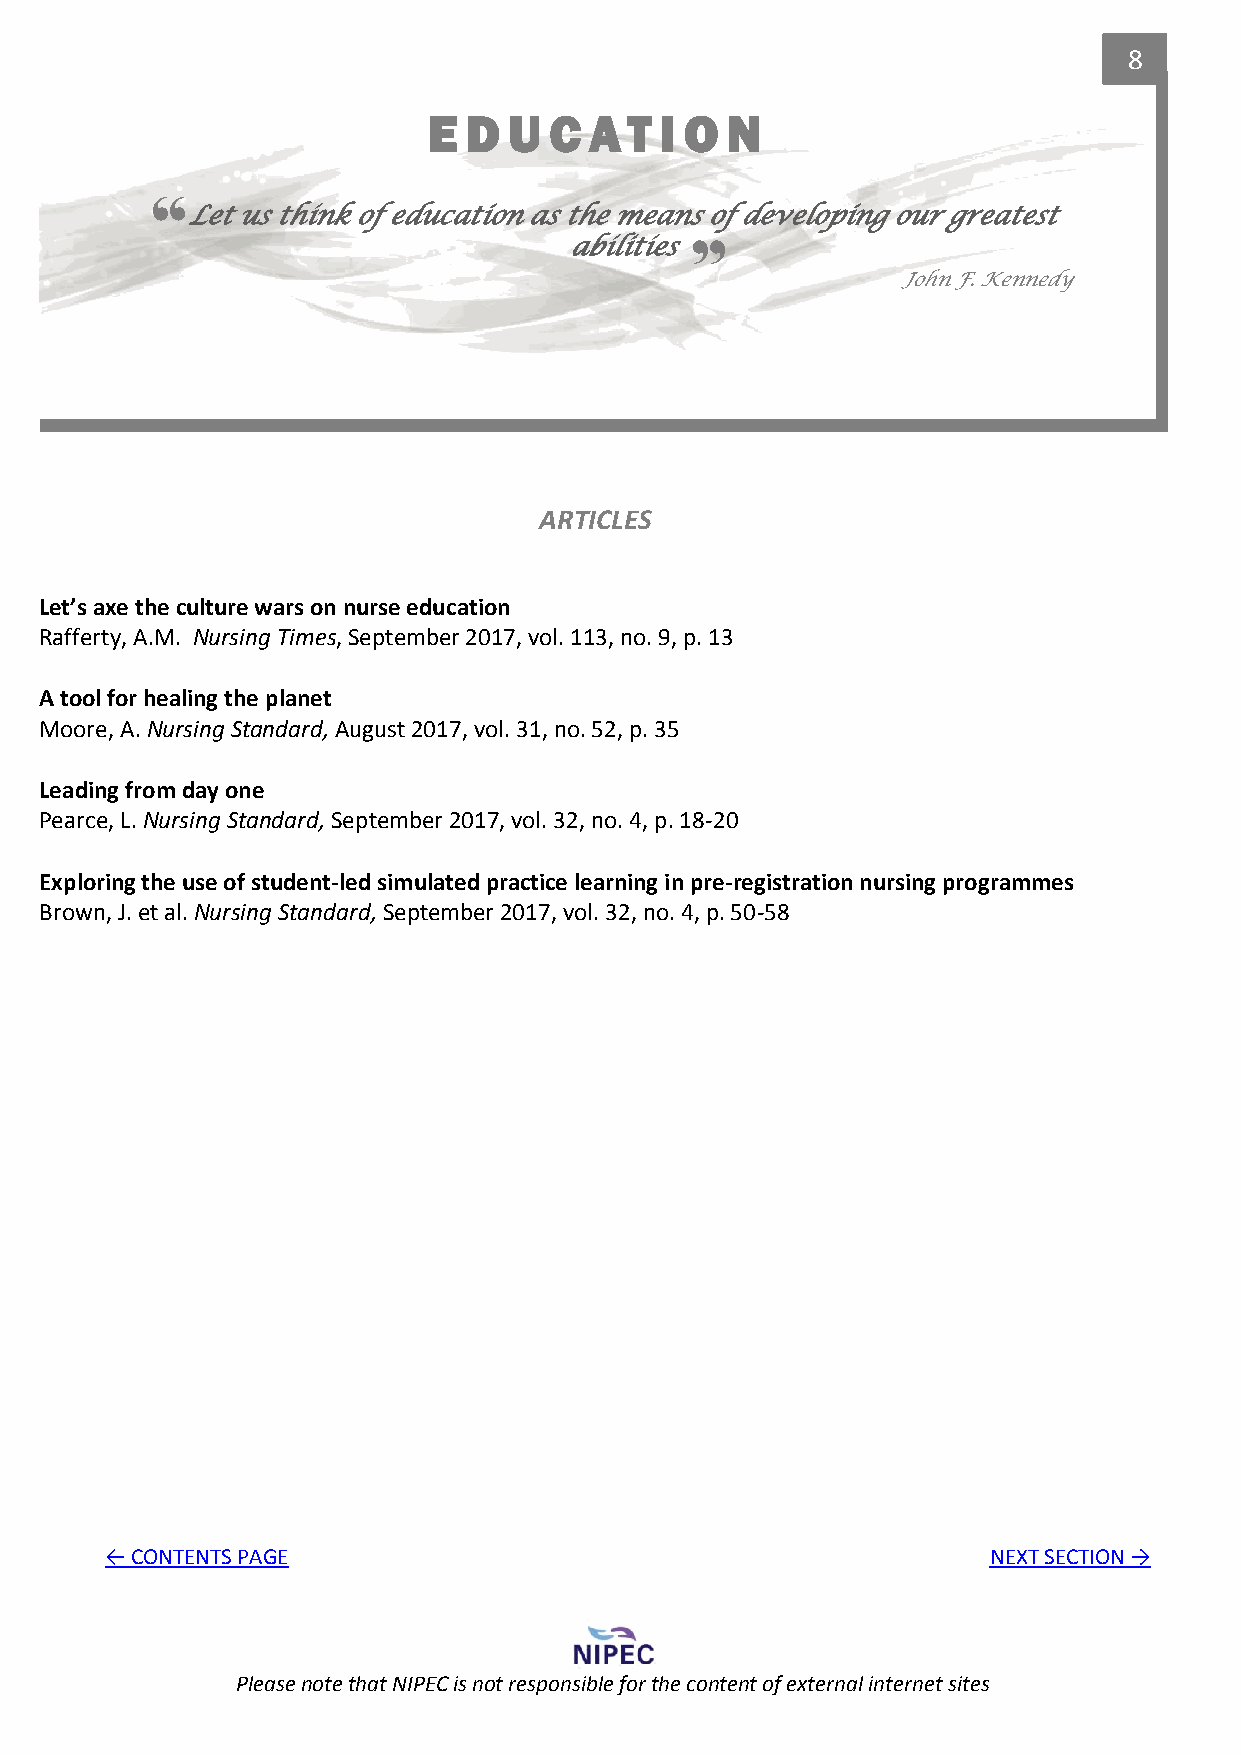
8
 E  D  U C  A  T I O N
 “
 “
 Let us think of education as the means of developing our greatest
 abilities
 John F. Kennedy
 ARTICLES
 Let’s axe the culture wars on nurse education
 Rafferty, A.M. Nursing Times, September 2017, vol. 113, no. 9, p. 13
 A tool for healing the planet
 Moore, A. Nursing Standard, August 2017, vol. 31, no. 52, p. 35
 Leading from day one
 Pearce, L. Nursing Standard, September 2017, vol. 32, no. 4, p. 18-20
 Exploring the use of student-led simulated practice learning in pre-registration nursing programmes
 Brown, J. et al. Nursing Standard, September 2017, vol. 32, no. 4, p. 50-58
 ← CONTENTS PAGE                                           NEXT SECTION →
 Please note that NIPEC is not responsible for the content of external internet sites